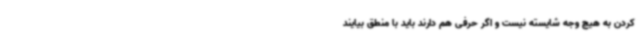
کردن به هیچ وجه شایسته نیست و اگر حرفی هم دارند باید با منطق بیایند